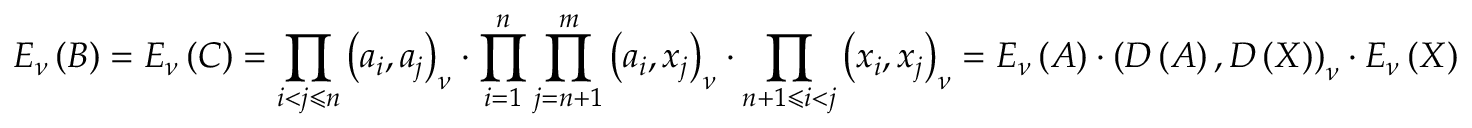
E _ { \nu } \left( B \right) = E _ { \nu } \left( C \right) = \prod _ { i < j \leqslant n } \left( a _ { i } , a _ { j } \right) _ { \nu } \cdot \prod _ { i = 1 } ^ { n } \prod _ { j = n + 1 } ^ { m } \left( a _ { i } , x _ { j } \right) _ { \nu } \cdot \prod _ { n + 1 \leqslant i < j } \left( x _ { i } , x _ { j } \right) _ { \nu } = E _ { \nu } \left( A \right) \cdot \left( D \left( A \right) , D \left( X \right) \right) _ { \nu } \cdot E _ { \nu } \left( X \right)